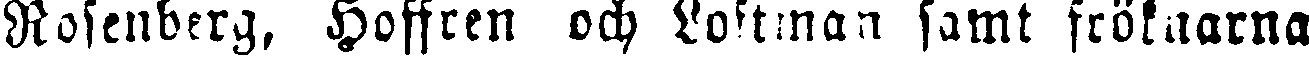
Rosenberg, Hoffren och Loftman samt fröknarna